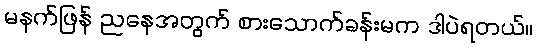
မနက်ဖြန် ညနေအတွက် စားသောက်ခန်းမက ဒါပဲရတယ်။